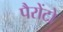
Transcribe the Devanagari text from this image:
पैरोंटो